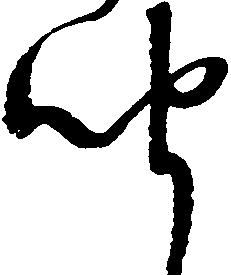
聞